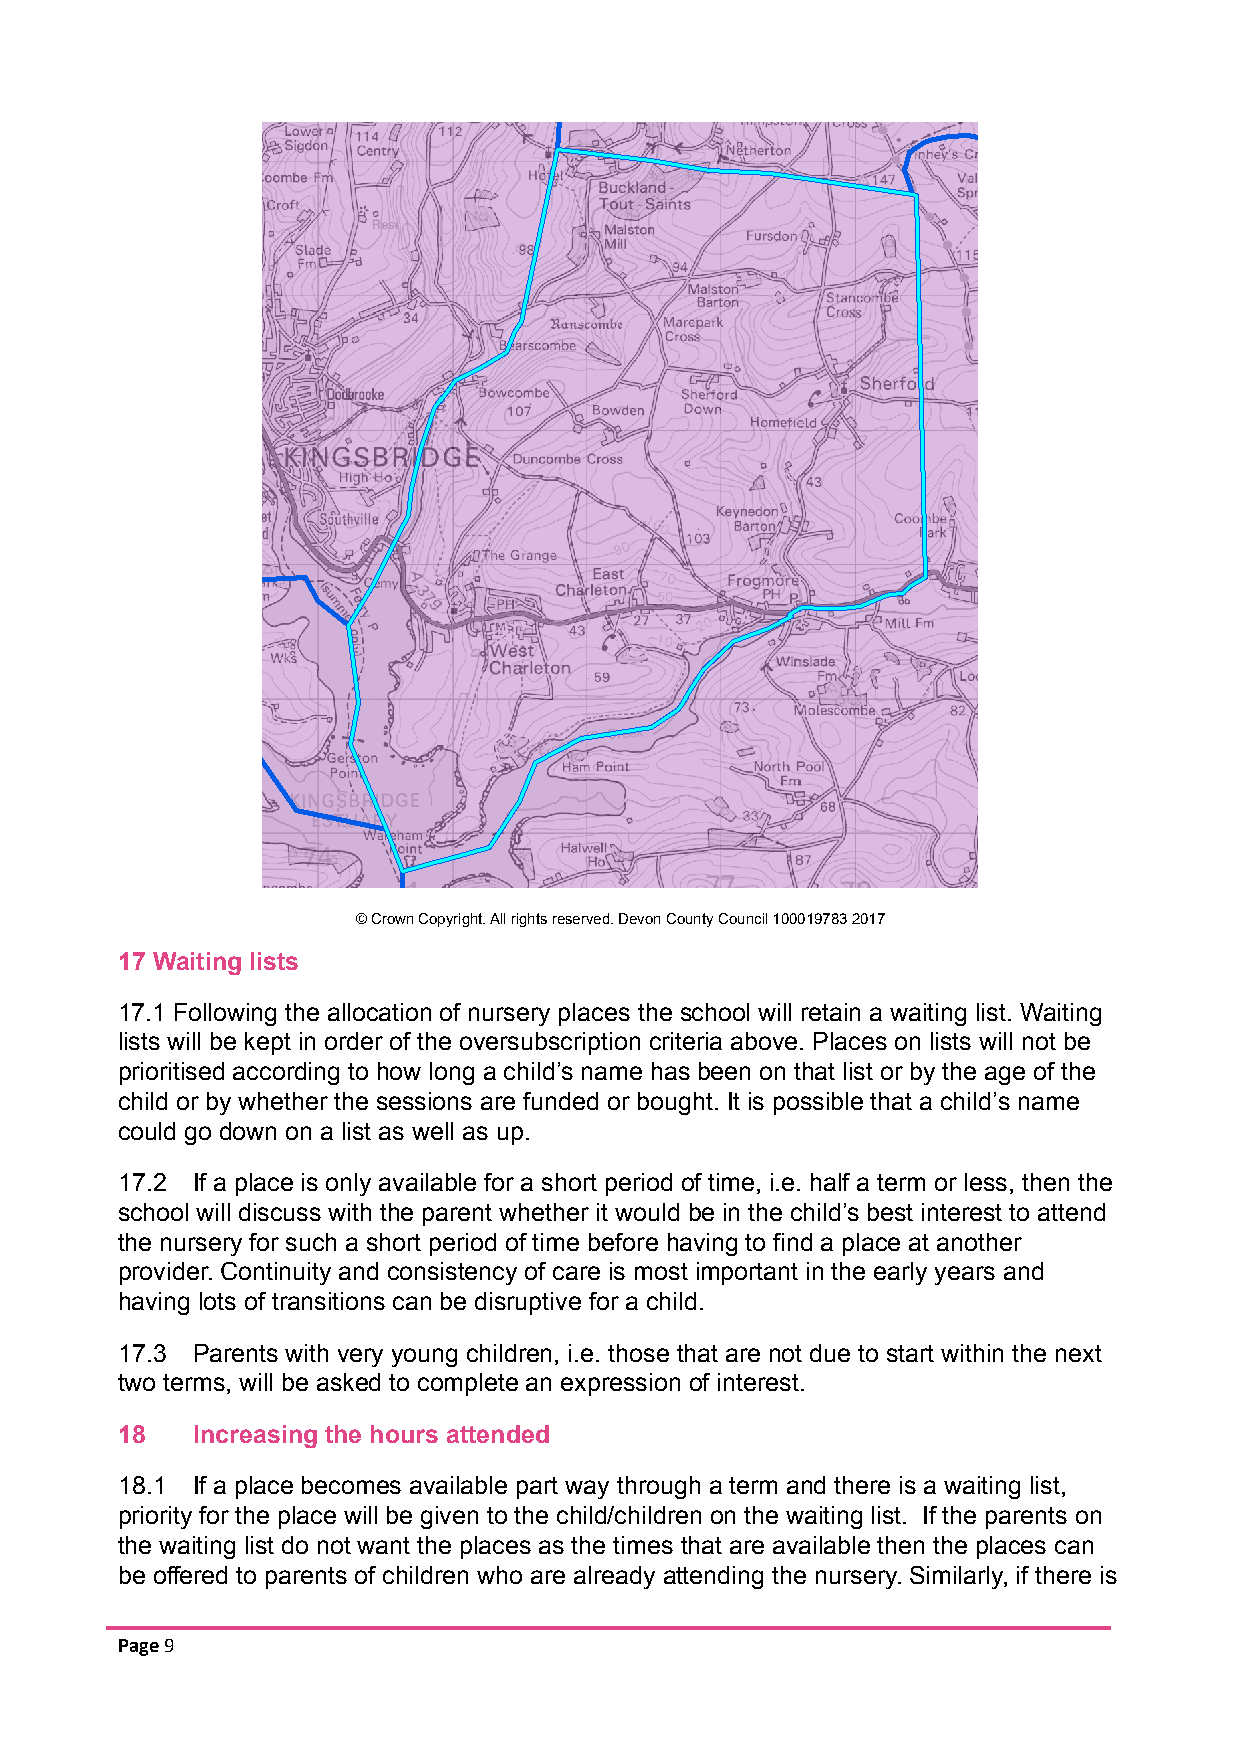
© Crown Copyright. All rights reserved. Devon CountyCouncil 100019783 2017
 17 Waiting lists
 17.1 Following the allocation of nursery places the school will retain a waiting list. Waiting
 lists will be kept in order of the oversubscription criteria above. Places on lists will not be
 prioritised according to how long a child’s name has been on that list or by the age of the
 child or by whether the sessions are funded or bought. It is possible that a child’s name
 could go down on a list as well as up.
 17.2 If a place is only available for a short period of time, i.e. half a term or less, then the
 school will discuss with the parent whether it would be in the child’s best interest to attend
 the nursery for such a short period of time before having to find a place at another
 provider. Continuity and consistency of care is most important in the early years and
 having lots of transitions can be disruptive for a child.
 17.3 Parents with very young children, i.e. those that are not due to start within the next
 two terms, will be asked to complete an expression of interest.
 18   Increasing the hours attended
 18.1 If a place becomes available part way through a term and there is a waiting list,
 priority for the place will be given to the child/children on the waiting list. If the parents on
 the waiting list do not want the places as the times that are available then the places can
 be offered to parents of children who are already attending the nursery. Similarly, if there is
 Page9